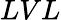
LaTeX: LVL